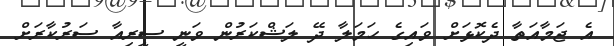
އެ ޖަމާއަތާ ދެކޮޅަށް ވައިގެ ހަމަލާ ދޭ ލަޝްކަރުން ވަނީ ސީރިއާ ސަރުކާރަށް